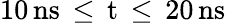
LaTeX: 10\, \mathrm{{ns}\, \leq\, t\, \leq\, 20\, \mathrm{{ns}}}